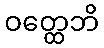
ဝတ္ထေဘိ